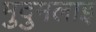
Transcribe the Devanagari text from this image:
मुदुमलाइ